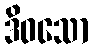
ဒိဝသော